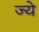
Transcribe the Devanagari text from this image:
ज्ये